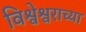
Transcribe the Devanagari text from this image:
विश्वेश्वराच्या